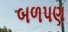
બળપણ